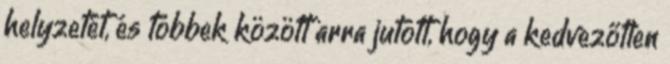
helyzetét, és többek között arra jutott, hogy a kedvezőtlen